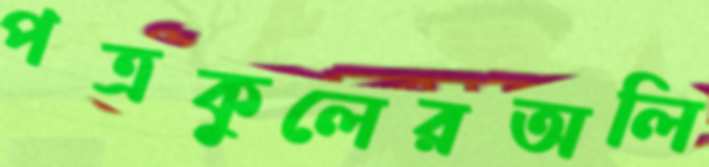
পত্রকুলেরঅলি